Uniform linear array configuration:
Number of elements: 24
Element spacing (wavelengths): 0.75
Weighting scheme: uniform
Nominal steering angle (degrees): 15
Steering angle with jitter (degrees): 13.796
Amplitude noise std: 0.05
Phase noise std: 0.05

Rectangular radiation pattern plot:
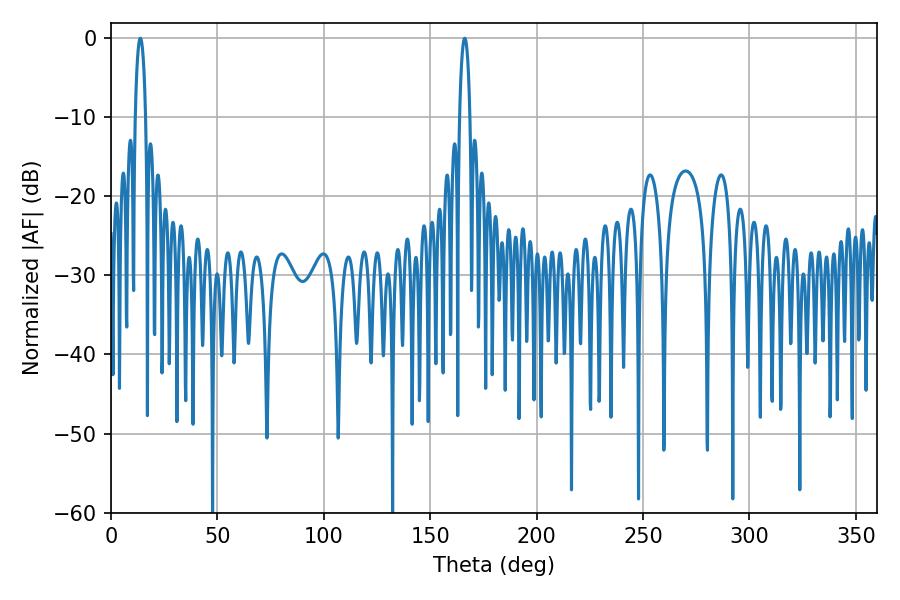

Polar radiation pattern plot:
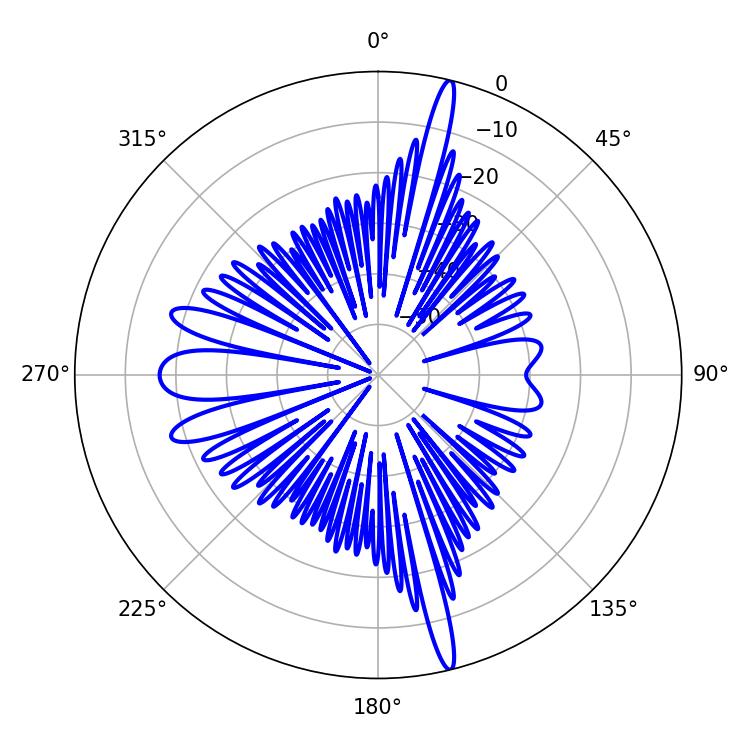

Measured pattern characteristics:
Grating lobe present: TRUE
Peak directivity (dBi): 20.271
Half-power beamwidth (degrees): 2.7
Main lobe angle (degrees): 166.14